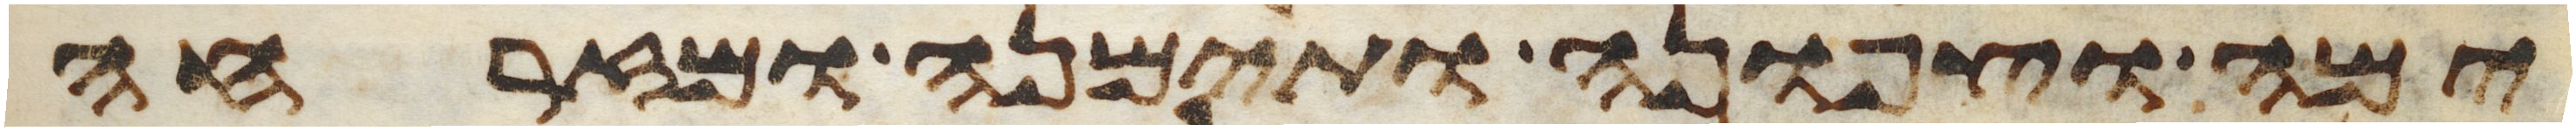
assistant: ימה וצפונה ותימנה ומזרחה